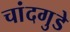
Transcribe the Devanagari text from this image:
चांदगुडे